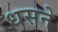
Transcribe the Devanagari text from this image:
धसने